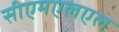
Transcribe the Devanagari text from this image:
सीएमएलएल